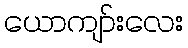
ယောကျာ်းလေး